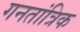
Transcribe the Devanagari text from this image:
गनतांत्रिक